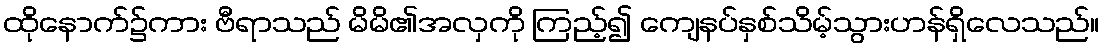
ထိုနောက်၌ကား ဗီရာသည် မိမိ၏အလှကို ကြည့်၍ ကျေနပ်နှစ်သိမ့်သွားဟန်ရှိလေသည်။